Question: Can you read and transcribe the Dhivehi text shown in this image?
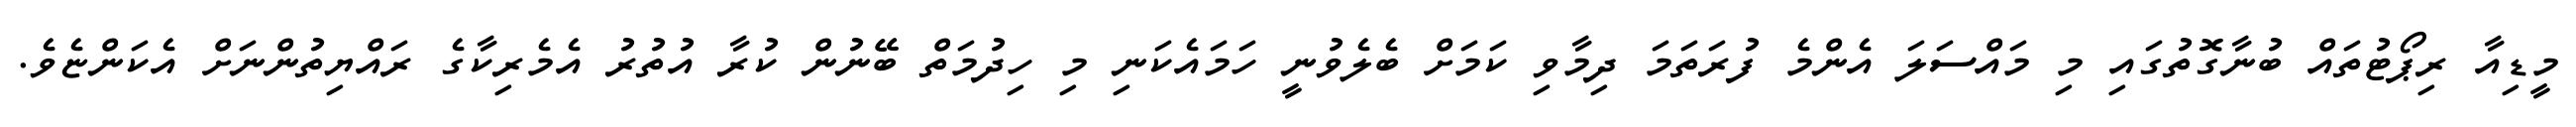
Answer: މީޑިއާ ރިޕޯޓުތައް ބުނާގޮތުގައި މި މައްސަލަ އެންމެ ފުރަތަމަ ދިމާވި ކަމަށް ބެލެވުނީ ހަމައެކަނި މި ހިދުމަތް ބޭނުން ކުރާ އުތުރު އެމެރިކާގެ ރައްޔިތުންނަށް އެކަންޏެވެ.